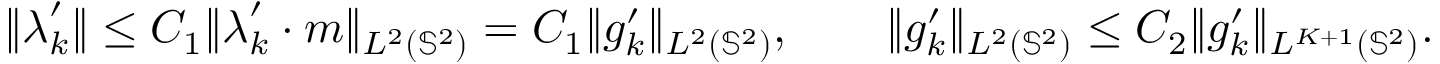
\| \boldsymbol { \lambda } _ { k } ^ { \prime } \| \leq C _ { 1 } \| \boldsymbol { \lambda } _ { k } ^ { \prime } \cdot \boldsymbol { m } \| _ { L ^ { 2 } ( \mathbb { S } ^ { 2 } ) } = C _ { 1 } \| g _ { k } ^ { \prime } \| _ { L ^ { 2 } ( \mathbb { S } ^ { 2 } ) } , \qquad \| g _ { k } ^ { \prime } \| _ { L ^ { 2 } ( \mathbb { S } ^ { 2 } ) } \leq C _ { 2 } \| g _ { k } ^ { \prime } \| _ { L ^ { K + 1 } ( \mathbb { S } ^ { 2 } ) } .